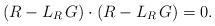
\begin{align*}(R - L_{R}\, G) \cdot (R - L_{R}\, G) = 0 .\end{align*}